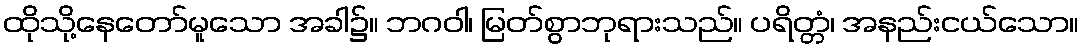
ထိုသို့နေတော်မူသော အခါ၌။ ဘဂဝါ၊ မြတ်စွာဘုရားသည်။ ပရိတ္တံ၊ အနည်းငယ်သော။